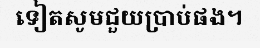
ទៀតសូមជួយប្រាប់ផង។